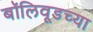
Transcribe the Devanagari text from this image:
बॉलिवूडच्या